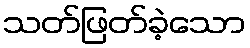
သတ်ဖြတ်ခဲ့သော